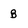
Character: B